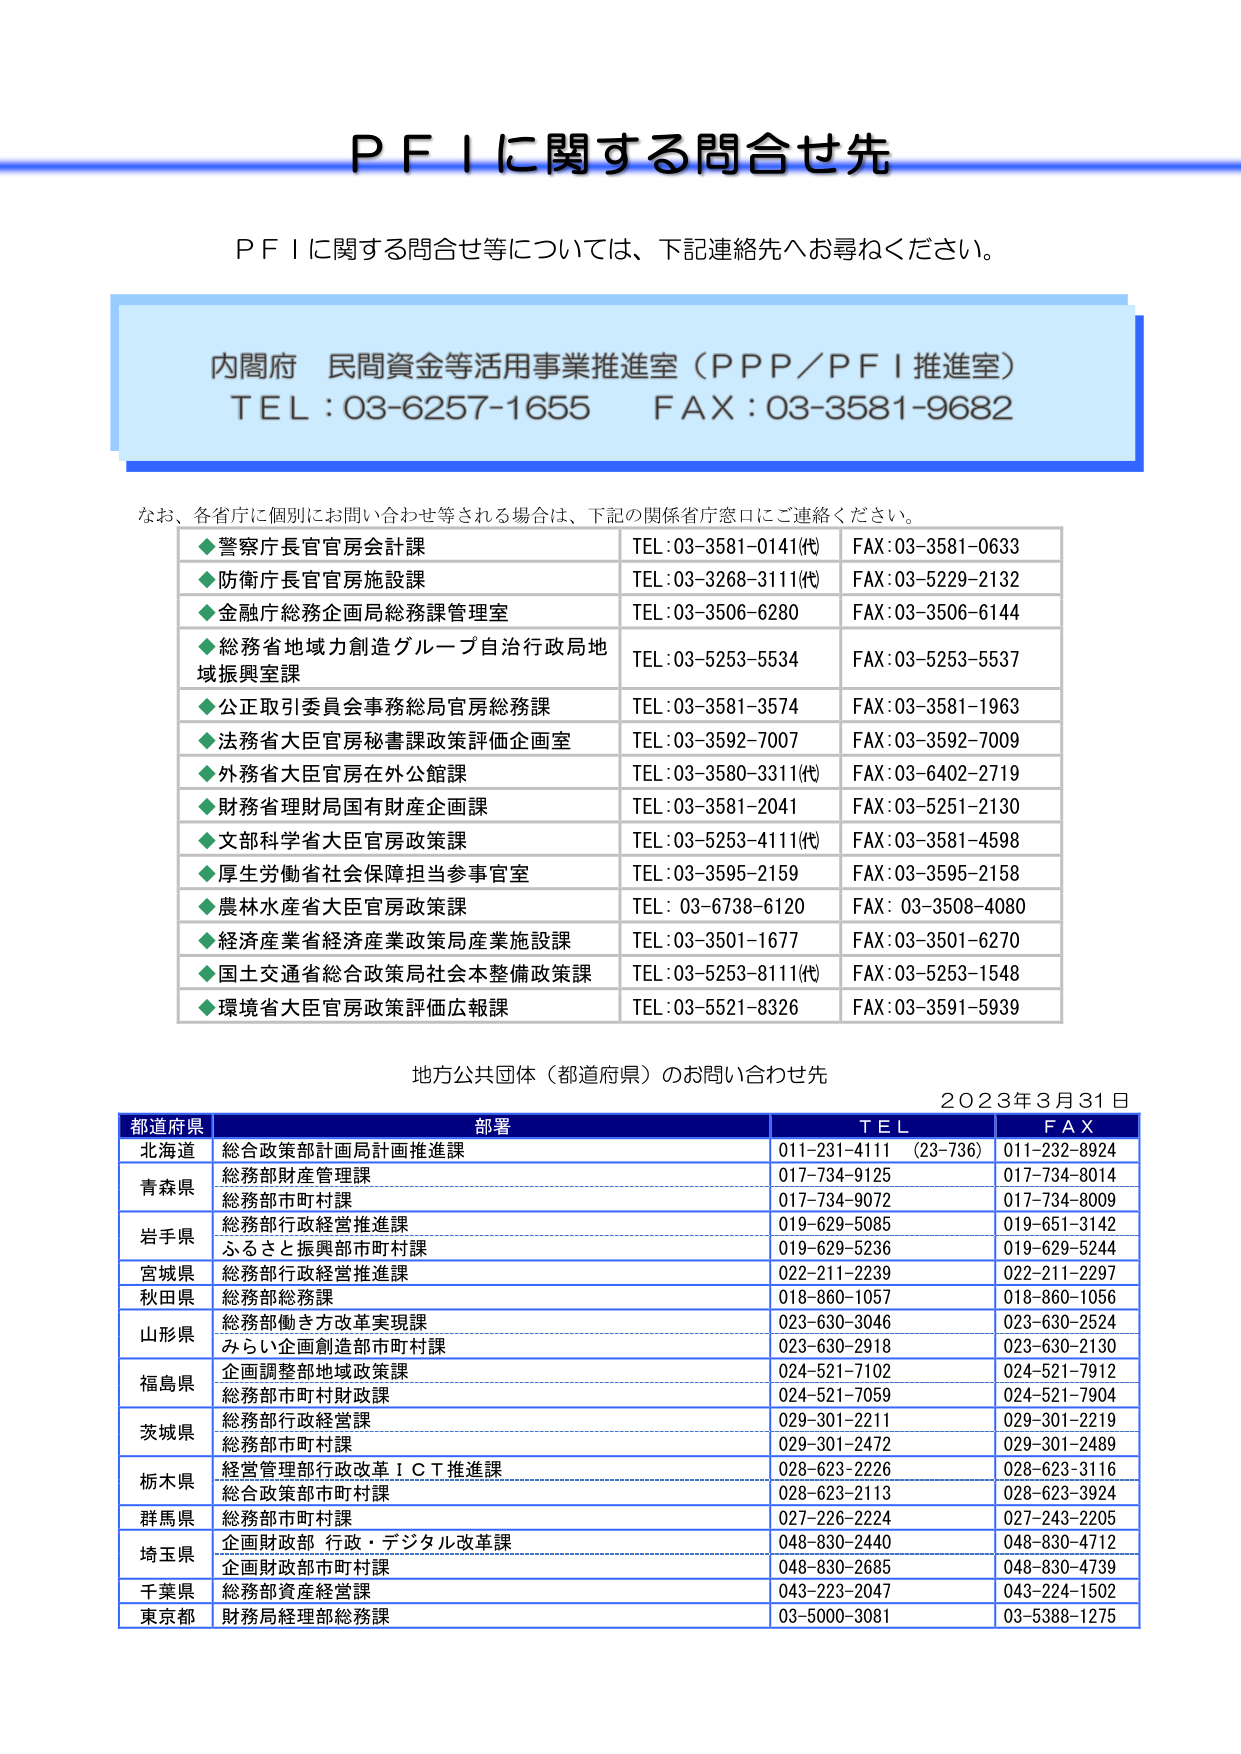
ＰＦＩに関する問合せ先

ＰＦＩに関する問合せ等については、下記連絡先へお尋ねください。

内閣府 民間資金等活用事業推進室（ＰＰＰ／ＰＦＩ推進室）
ＴＥＬ：03-6257-1655　ＦＡＸ：03-3581-9682

なお、各省庁に個別にお問い合わせ等される場合は、下記の関係省庁窓口にご連絡ください。

◆警察庁長官官房会計課　　　　　　　ＴＥＬ：03-3581-0141(代)　ＦＡＸ：03-3581-0633
◆防衛庁長官官房施設課　　　　　　　ＴＥＬ：03-3268-3111(代)　ＦＡＸ：03-5229-2132
◆金融庁総務企画局総務課管理室　　　ＴＥＬ：03-3506-6280　　　ＦＡＸ：03-3506-6144
◆総務省地域力創造グループ自治行政局地域振興室課　ＴＥＬ：03-5253-5534　ＦＡＸ：03-5253-5537
◆公正取引委員会事務総局官房総務課　ＴＥＬ：03-3581-3574　　　ＦＡＸ：03-3581-1963
◆法務省大臣官房秘書課政策評価企画室　ＴＥＬ：03-3592-7007　　　ＦＡＸ：03-3592-7009
◆外務省大臣官房在外公館課　　　　　ＴＥＬ：03-3580-3311(代)　ＦＡＸ：03-6402-2719
◆財務省理財局国有財産企画課　　　　ＴＥＬ：03-3581-2041　　　ＦＡＸ：03-5251-2130
◆文部科学省大臣官房政策課　　　　　ＴＥＬ：03-5253-4111(代)　ＦＡＸ：03-3581-4598
◆厚生労働省社会保障担当参事官室　　ＴＥＬ：03-3595-2159　　　ＦＡＸ：03-3595-2158
◆農林水産省大臣官房政策課　　　　　ＴＥＬ：03-6738-6120　　　ＦＡＸ：03-3508-4080
◆経済産業省経済産業政策局産業施設課　ＴＥＬ：03-3501-1677　　　ＦＡＸ：03-3501-6270
◆国土交通省総合政策局社会本整備政策課　ＴＥＬ：03-5253-8111(代)　ＦＡＸ：03-5253-1548
◆環境省大臣官房政策評価広報課　　　ＴＥＬ：03-5521-8326　　　ＦＡＸ：03-3591-5939

地方公共団体（都道府県）のお問い合わせ先
2023年3月31日

都道府県　　　　　　　　　　　部署　　　　　　　　　　　　　ＴＥＬ　　　　　　　ＦＡＸ
北海道　　　　　　　　　　　　総合政策部計画局計画推進課　　　011-231-4111　(23-736)　011-232-8924
青森県　　　　　　　　　　　　総務部財産管理課　　　　　　　　017-734-9125　　　　　　017-734-8014
　　　　　　　　　　　　　　　総務部市町村課　　　　　　　　　017-734-9072　　　　　　017-734-8009
岩手県　　　　　　　　　　　　総務部行政経営推進課　　　　　　019-629-5085　　　　　　019-651-3142
　　　　　　　　　　　　　　　ふるさと振興部市町村課　　　　　019-629-5236　　　　　　019-629-5244
宮城県　　　　　　　　　　　　総務部行政経営推進課　　　　　　022-211-2239　　　　　　022-211-2297
秋田県　　　　　　　　　　　　総務部総務課　　　　　　　　　　018-860-1057　　　　　　018-860-1056
山形県　　　　　　　　　　　　総務部働き方改革実現課　　　　　023-630-3046　　　　　　023-630-2524
　　　　　　　　　　　　　　　みらい企画創造部市町村課　　　　023-630-2918　　　　　　023-630-2130
福島県　　　　　　　　　　　　企画調整部地域政策課　　　　　　024-521-7102　　　　　　024-521-7912
　　　　　　　　　　　　　　　総務部市町村財政課　　　　　　　024-521-7059　　　　　　024-521-7904
茨城県　　　　　　　　　　　　総務部行政経営課　　　　　　　　029-301-2211　　　　　　029-301-2219
　　　　　　　　　　　　　　　総務部市町村課　　　　　　　　　029-301-2472　　　　　　029-301-2489
栃木県　　　　　　　　　　　　経営管理部行政改革ＩＣＴ推進課　028-623-2226　　　　　　028-623-3116
　　　　　　　　　　　　　　　総合政策部市町村課　　　　　　　028-623-2113　　　　　　028-623-3924
群馬県　　　　　　　　　　　　総務部市町村課　　　　　　　　　027-226-2224　　　　　　027-243-2205
埼玉県　　　　　　　　　　　　企画財政部 行政・デジタル改革課　048-830-2440　　　　　　048-830-4712
　　　　　　　　　　　　　　　企画財政部市町村課　　　　　　　048-830-2685　　　　　　048-830-4739
千葉県　　　　　　　　　　　　総務部資産経営課　　　　　　　　043-223-2047　　　　　　043-224-1502
東京都　　　　　　　　　　　　財務局経理部総務課　　　　　　03-5000-3081　　　　　　03-5388-1275